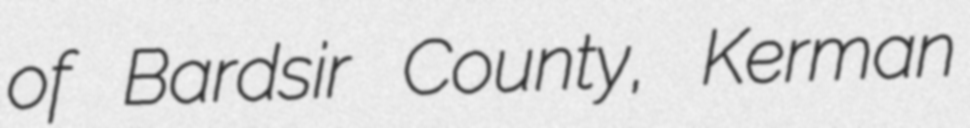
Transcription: of Bardsir County, Kerman